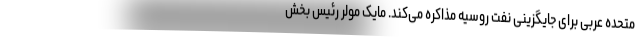
متحده عربی برای جایگزینی نفت روسیه مذاکره می‌کند. مایک مولر رئیس بخش